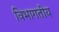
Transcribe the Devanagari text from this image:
विभागतीय